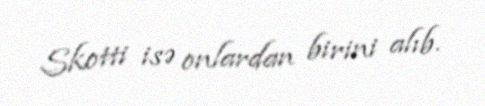
Skotti isə onlardan birini alıb.